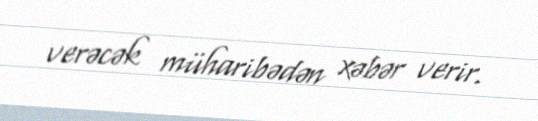
verəcək müharibədən xəbər verir.